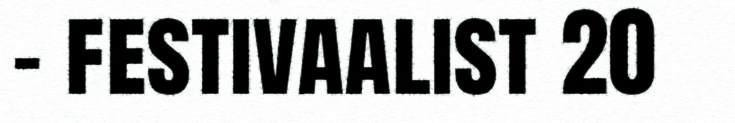
– festivaalist 20